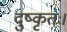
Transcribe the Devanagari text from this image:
दुष्कृतः।